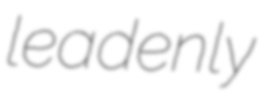
leadenly